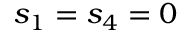
s _ { 1 } = s _ { 4 } = 0